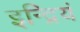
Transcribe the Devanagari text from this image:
इन्द्रियं